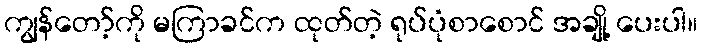
ကျွန်တော့်ကို မကြာခင်က ထုတ်တဲ့ ရုပ်ပုံစာစောင် အချို့ ပေးပါ။